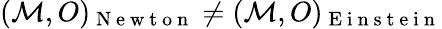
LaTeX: (\mathcal{M},O)_{\mathrm{~N~e~w~t~o~n~}}\neq(\mathcal{M},O)_{\mathrm{~E~i~n~s~t~e~i~n~}}